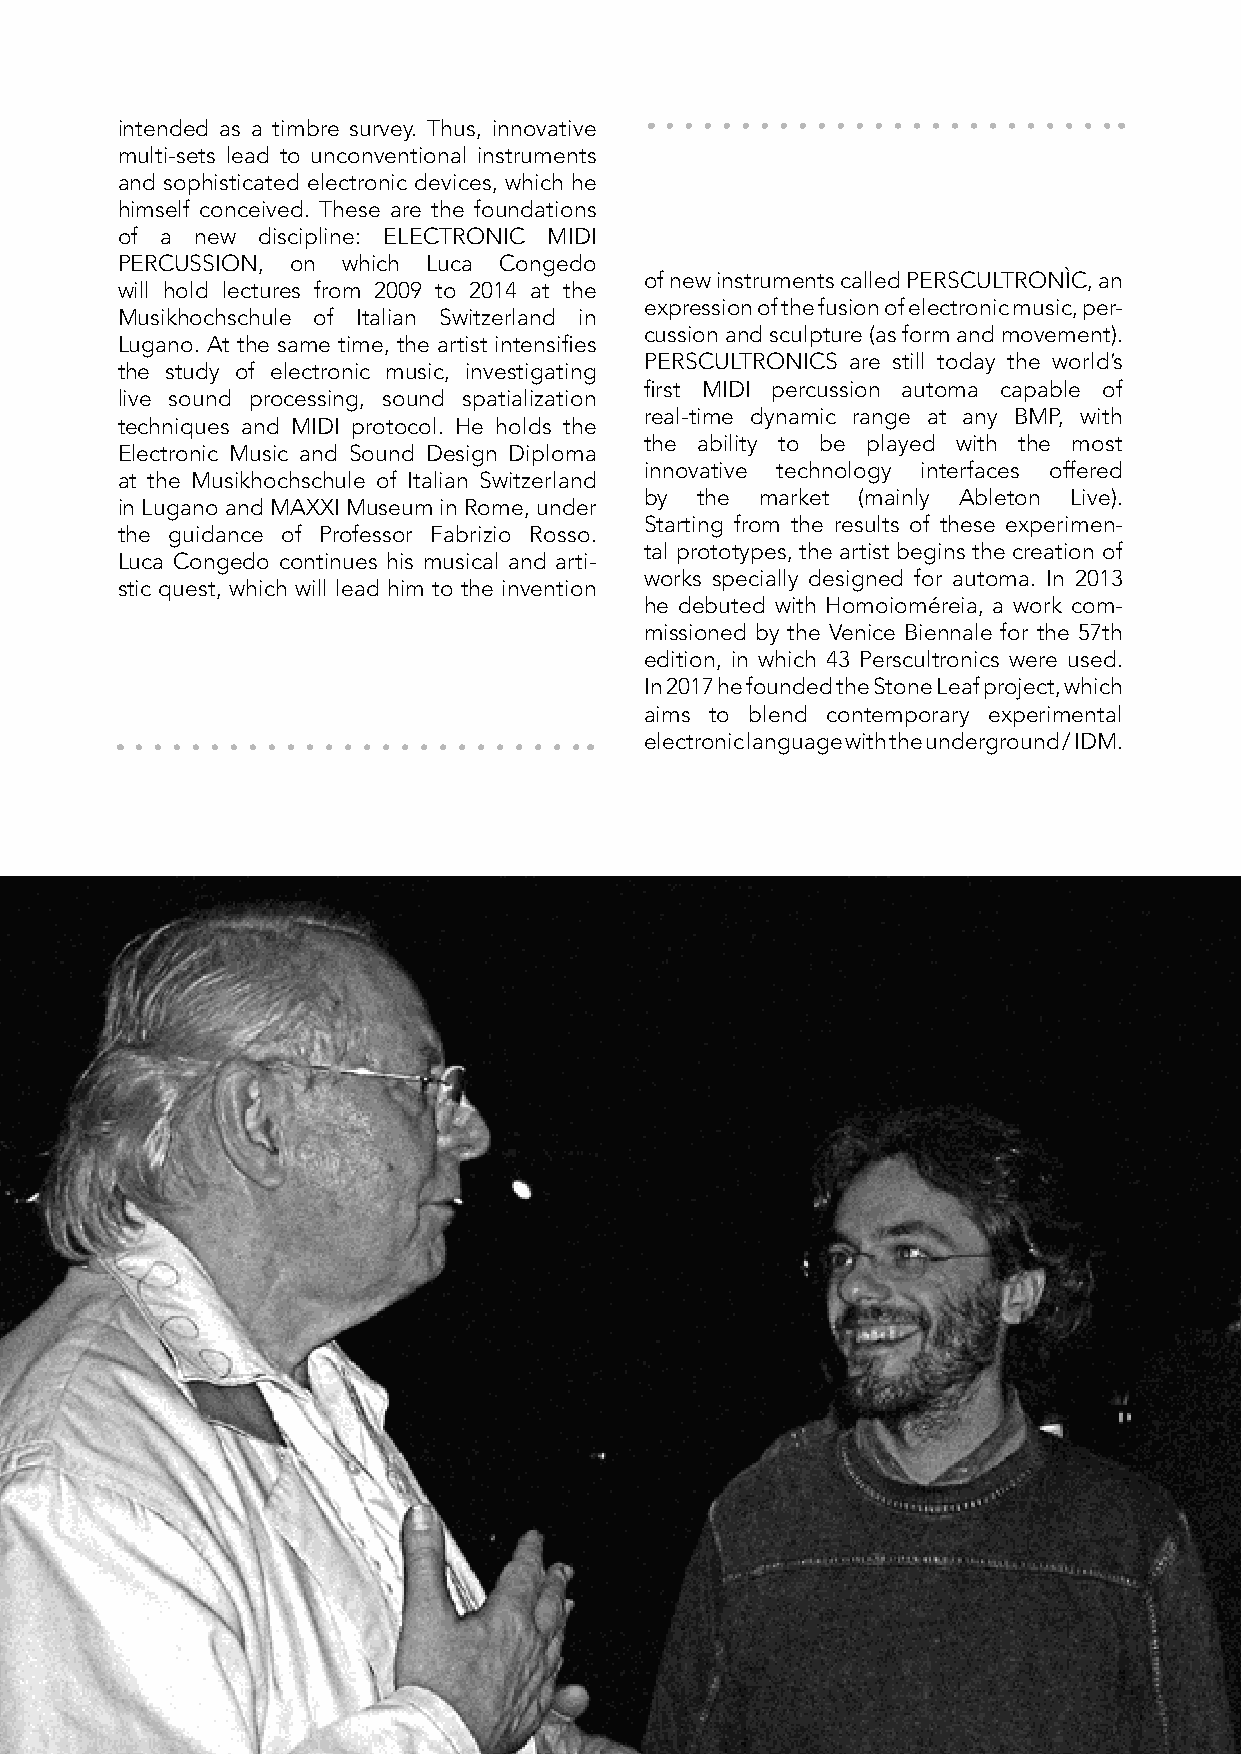
intended as a timbre survey. Thus, innovative
 multi-sets lead to unconventional instruments
 and sophisticated electronic devices, which he
 himself conceived. These are the foundations
 of a new discipline: ELECTRONIC MIDI
 PERCUSSION, on which Luca Congedo
 of new instruments called PERSCULTRONÌC, an
 will hold lectures from 2009 to 2014 at the
 expression of the fusion of electronic music, per-
 Musikhochschule of Italian Switzerland in
 cussion and sculpture (as form and movement).
 Lugano. At the same time, the artist intensifies
 PERSCULTRONICS are still today the world’s
 the study of electronic music, investigating
 first MIDI percussion automa capable of
 live sound processing, sound spatialization
 real-time dynamic range at any BMP, with
 techniques and MIDI protocol. He holds the
 the ability to be played with the most
 Electronic Music and Sound Design Diploma
 innovative technology interfaces offered
 at the Musikhochschule of Italian Switzerland
 by the market (mainly Ableton Live).
 in Lugano and MAXXI Museum in Rome, under
 Starting from the results of these experimen-
 the guidance of Professor Fabrizio Rosso.
 tal prototypes, the artist begins the creation of
 Luca Congedo continues his musical and arti-
 works specially designed for automa. In 2013
 stic quest, which will lead him to the invention
 he debuted with Homoioméreia, a work com-
 missioned by the Venice Biennale for the 57th
 edition, in which 43 Perscultronics were used.
 In 2017 he founded the Stone Leaf project, which
 aims to blend contemporary experimental
 electronic language with the underground / IDM.